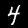
Digit: 4